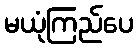
မယုံကြည်ပေ